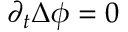
\partial _ { t } \Delta \phi = 0